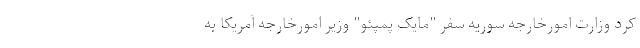
کرد وزارت امورخارجه سوریه سفر "مایک پمپئو" وزیر امورخارجه آمریکا به